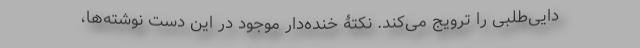
دایی‌طلبی را ترویج می‌کند. نکتۀ خنده‌دار موجود در این دست نوشته‌ها،